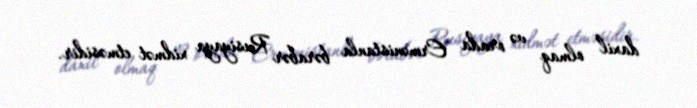
daxil olmaq və orada Ermənistanla bərabər Rusiyaya xidmət etməsidir.